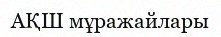
АҚШ мұражайлары